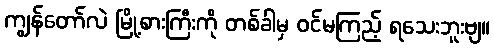
ကျွန်တော်လဲ မြို့စားကြီးကို တစ်ခါမှ ဝင်မကြည့် ရသေးဘူးဗျ။